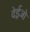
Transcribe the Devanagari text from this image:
देईजो